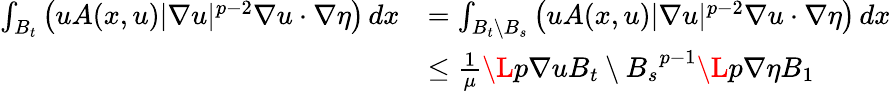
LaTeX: \begin{array}{rl}{\int_{B_{t}}\big(uA(x,u)|\nabla u|^{p-2}\nabla u\cdot\nabla\eta\big)\, dx}&{=\int_{B_{t}\setminus B_{s}}\big(uA(x,u)|\nabla u|^{p-2}\nabla u\cdot\nabla\eta\big)\, dx}\\ &{\le\frac{1}{\mu}\L{p}{\nabla u}{B_{t}\setminus B_{s}}^{p-1}\L{p}{\nabla\eta}{B_{1}}}\end{array}